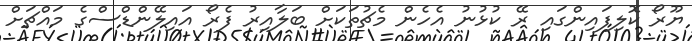
ޔޫރޯ ކޮލިފައިންގައި ރޭ ކުޅުނު އެހެން މެޗުތަކަށް ބަލާއިރު ފެރޯ އައިލޭންޑްސްގެ މައްޗަށް